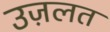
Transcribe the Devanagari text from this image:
उज़लत